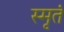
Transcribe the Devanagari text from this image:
स्मृतं